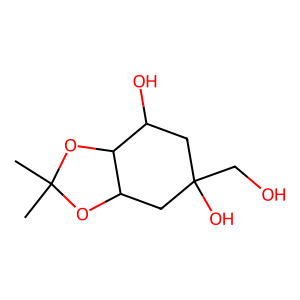
SMILES: CC1(C)OC2CC(O)(CO)CC(O)C2O1
Inhibits HIV replication: No